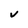
Character: V